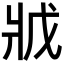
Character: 𭷂